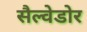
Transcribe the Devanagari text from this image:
सैल्वेडोर